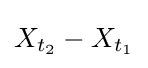
X_{t_{2}}-X_{t_{1}}